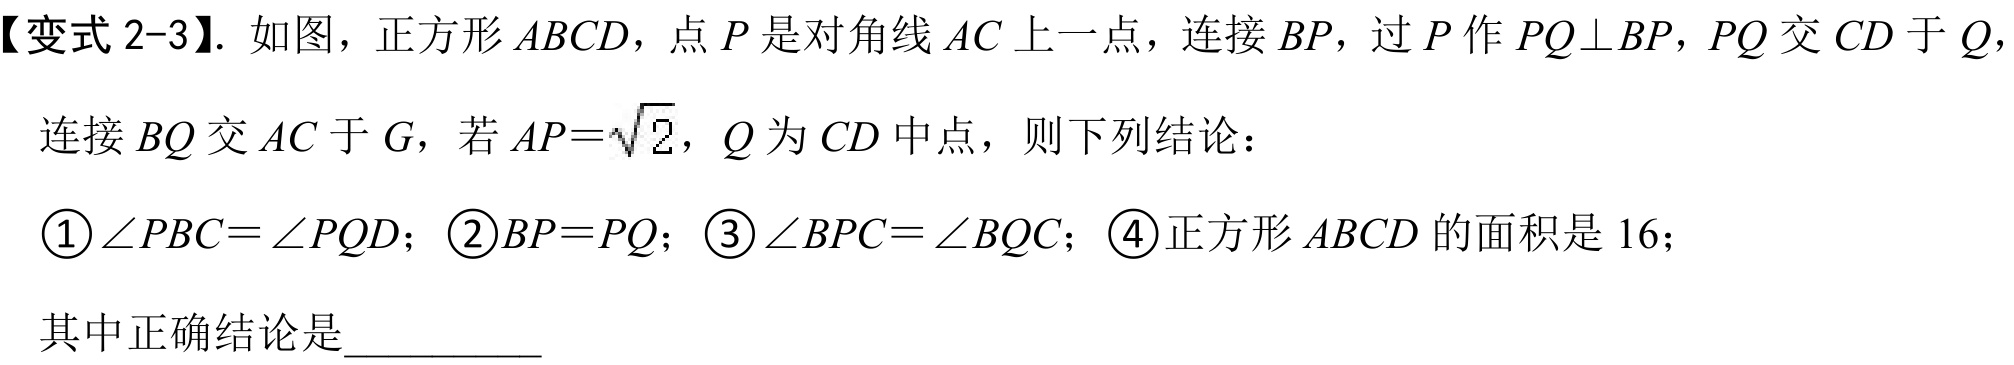
【变式 2-3】. 如图，正方形\(ABCD\)，点\(P\)是对角线\(AC\)上一点，连接\(BP\)，过\(P\)作\(PQ\perp BP\)，\(PQ\)交\(CD\)于\(Q\)，连接\(BQ\)交\(AC\)于\(G\)，若\(AP = \sqrt{2}\)，\(Q\)为\(CD\)中点，则下列结论：
\textcircled{1}\(\angle PBC=\angle PQD\)；\textcircled{2}\(BP = PQ\)；\textcircled{3}\(\angle BPC=\angle BQC\)；\textcircled{4}正方形\(ABCD\)的面积是\(16\)；
其中正确结论是__________